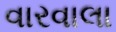
વારવાલા